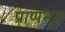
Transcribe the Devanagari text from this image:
प्राणभृत